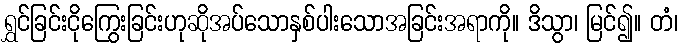
ရွှင်ခြင်းငိုကြွေးခြင်းဟုဆိုအပ်သောနှစ်ပါးသောအခြင်းအရာကို။ ဒိသွာ၊ မြင်၍။ တံ၊